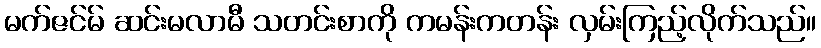
မက်ဇင်မ် ဆင်းမလာမီ သတင်းစာကို ကမန်းကတန်း လှမ်းကြည့်လိုက်သည်။